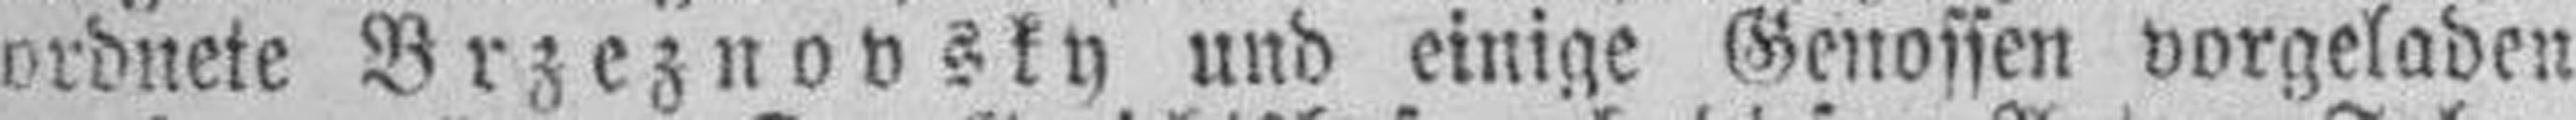
ordnete Brzeznovsky und einige Genossen vorgeladen